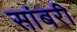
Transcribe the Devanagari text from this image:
सांबरी